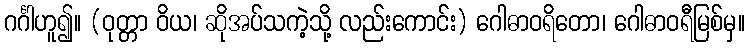
ဂင်္ဂါဟူ၍။ (ဝုတ္တာ ဝိယ၊ ဆိုအပ်သကဲ့သို့ လည်းကောင်း) ဂေါဓာဝရိတော၊ ဂေါဓာဝရီမြစ်မှ။